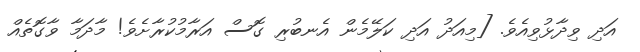
އަދި ވިދާޅުވިއެވެ. [މިއަދު އަދި ކަލޭމެން އެނބުރި ގޮސް އަރާމުކުރާށެވެ! މާދަމާ ވާގޮތެއް